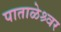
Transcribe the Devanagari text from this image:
पाताळेश्र्वर